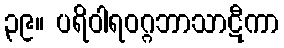
၃၉။ ပရိဝါရဝဂ္ဂဘာသာဋီကာ